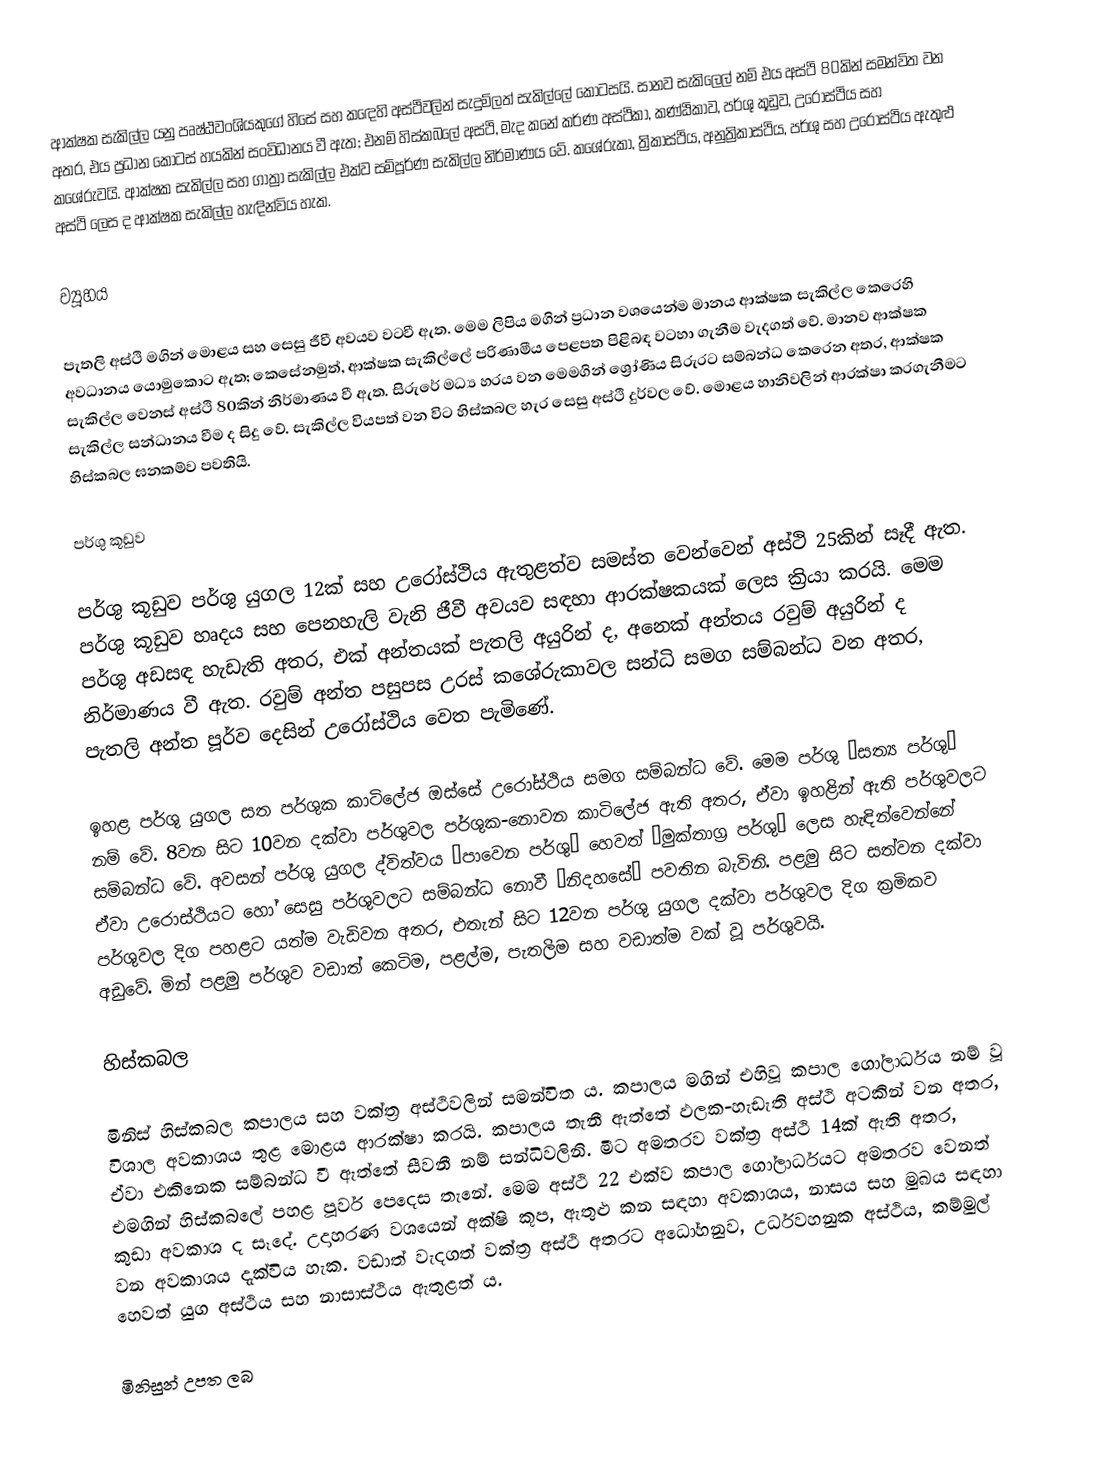
ආක්ෂක සැකිල්ල යනු පෘෂ්ඨවංශියකුගේ හිසේ සහ ක‍‍ඳෙහි අස්ථිවලින් සැදුම්ලත් සැකිල්ලේ කොටසයි. සානව සැකිල‍්ලේ නම් එය අස්ථි 80කින් සමන්විත වන අතර, එය ප්‍රධාන කොටස් හයකින් සංවිධානය වී ඇත; එනම් හිස්කබලේ අස්ථි, මැද කනේ කර්ණ අස්ථිකා, කණ්ඨිකාව, පර්ශු කූඩුව, උරෝස්ථිය සහ කශේරුවයි. ආක්ෂක සැකිල්ල සහ ගාත්‍රා සැකිල්ල එක්ව සම්පූර්ණ සැකිල්ල නිර්මාණය වේ. කශේරුකා, ත්‍රිකාස්ථිය, අනුත්‍රිකාස්ථිය, පර්ශු සහ උරෝස්ථිය ඇතුළු අස්ථි ලෙස ද ආක්ෂක සැකිල්ල හැඳින්විය හැක.

ව්‍යූහය

පැතලි අස්ථි මගින් මොළය සහ සෙසු ජීවී අවයව වටවී ඇත. මෙම ලිපිය මගින් ප්‍රධාන වශයෙන්ම මානය ආක්ෂක සැකිල්ල කෙරෙහි අවධානය යොමුකොට ඇත; කෙසේනමුත්, ආක්ෂක සැකිල්ලේ පරිණාමීය පෙළපත පිළිබඳ වටහා ගැනීම වැදගත් වේ. මානව ආක්ෂක සැකිල්ල වෙනස් අස්ථි 80කින් නිර්මාණය වී ඇත. සිරුරේ මධ්‍ය හරය වන මෙමගින් ශ්‍රෝණිය සිරුරට සම්බන්ධ කෙරෙන අතර, ආක්ෂක සැකිල්ල සන්ධානය වීම ද සිදු වේ. සැකිල්ල වියපත් වන විට හිස්කබල හැර සෙසු අස්ථි දුර්වල වේ. මොළය හානිවලින් ආරක්ෂා කරගැනීමට හිස්කබල ඝනකම්ව පවතියි.

පර්ශු කූඩුව

පර්ශු කූඩුව පර්ශු යුගල 12ක් සහ උරෝස්ථිය ඇතුළත්ව සමස්ත වෙන්වෙන් අස්ථි 25කින් සෑදී ඇත. පර්ශු කූඩුව හෘදය සහ පෙනහැලි වැනි ජීවී අවයව සඳහා ආරක්ෂකයක් ලෙස ක්‍රියා කරයි. මෙම පර්ශු අඩසඳ හැඩැති අතර, එක් අන්තයක් පැතලි අයුරින් ද, අනෙක් අන්තය රවුම් අයුරින් ද නිර්මාණය වී ඇත. රවුම් අන්ත පසුපස උරස් කශේරුකාවල සන්ධි සමග සම්බන්ධ වන අතර, පැතලි අන්ත පූර්ව දෙසින් උරෝස්ථිය වෙත පැමිණේ.

ඉහළ පර්ශු යුගල සත පර්ශුක කාටිලේජ ඔස්සේ උරෝස්ථිය සමග සම්බන්ධ වේ. මෙම පර්ශු “සත්‍ය පර්ශු” නම් වේ. 8වන සිට 10වන දක්වා පර්ශුවල පර්ශුක-නොවන කාටිලේජ ඇති අතර, ඒවා ඉහළින් ඇති පර්ශුවලට සම්බන්ධ වේ. අවසන් පර්ශු යුගල ද්විත්වය “පාවෙන පර්ශු” හෙවත් “මුක්තාග්‍ර පර්ශු” ලෙස හැඳින්වෙන්නේ ඒවා උරොස්ථියට හෝ සෙසු පර්ශුවලට සම්බන්ධ නොවී “නිදහසේ” පවතින බැවිනි. පළමු සිට සත්වන දක්වා පර්ශුවල දිග පහළට යත්ම වැඩිවන අතර, එතැන් සිට 12වන පර්ශු යුගල දක්වා පර්ශුවල දිග ක්‍රමිකව අඩුවේ. මින් පළමු පර්ශුව වඩාත් කෙටිම, පළල්ම, පැතලිම සහ වඩාත්ම වක් වූ පර්ශුවයි.

හිස්කබල

මිනිස් හිස්කබල කපාලය සහ වක්ත්‍ර අස්ථිවලින් සමන්විත ය. කපාලය මගින් එහිවූ කපාල ගෝලාර්ධය නම් වූ විශාල අවකාශය තුළ මොළය ආරක්ෂා කරයි. කපාලය තැනී ඇත්තේ ඵලක-හැඩැති අස්ථි අටකින් වන අතර, ඒවා එකිනෙක සම්බන්ධ වී ඇත්තේ සීවනී නම් සන්ධිවලිනි. මීට අමතරව වක්ත්‍ර අස්ථි 14ක් ඇති අතර, එමගින් හිස්කබලේ පහළ පූර්ව පෙදෙස තැනේ. මෙම අස්ථි 22 එක්ව කපාල ගෝලාර්ධයට අමතරව වෙනත් කුඩා අවකාශ ද සෑදේ. උදාහරණ වශයෙන් අක්ෂි කූප, ඇතුළු කන සඳහා අවකාශය, නාසය සහ මුඛය සඳහා වන අවකාශය දැක්විය හැක. වඩාත් වැදගත් වක්ත්‍ර අස්ථි අතරට අධෝහනුව, උර්ධවහනුක අස්ථිය, කම්මුල් හෙවත් යුග අස්ථිය සහ නාසාස්ථිය ඇතුළත් ය.

මිනිසුන් උපත ලබ